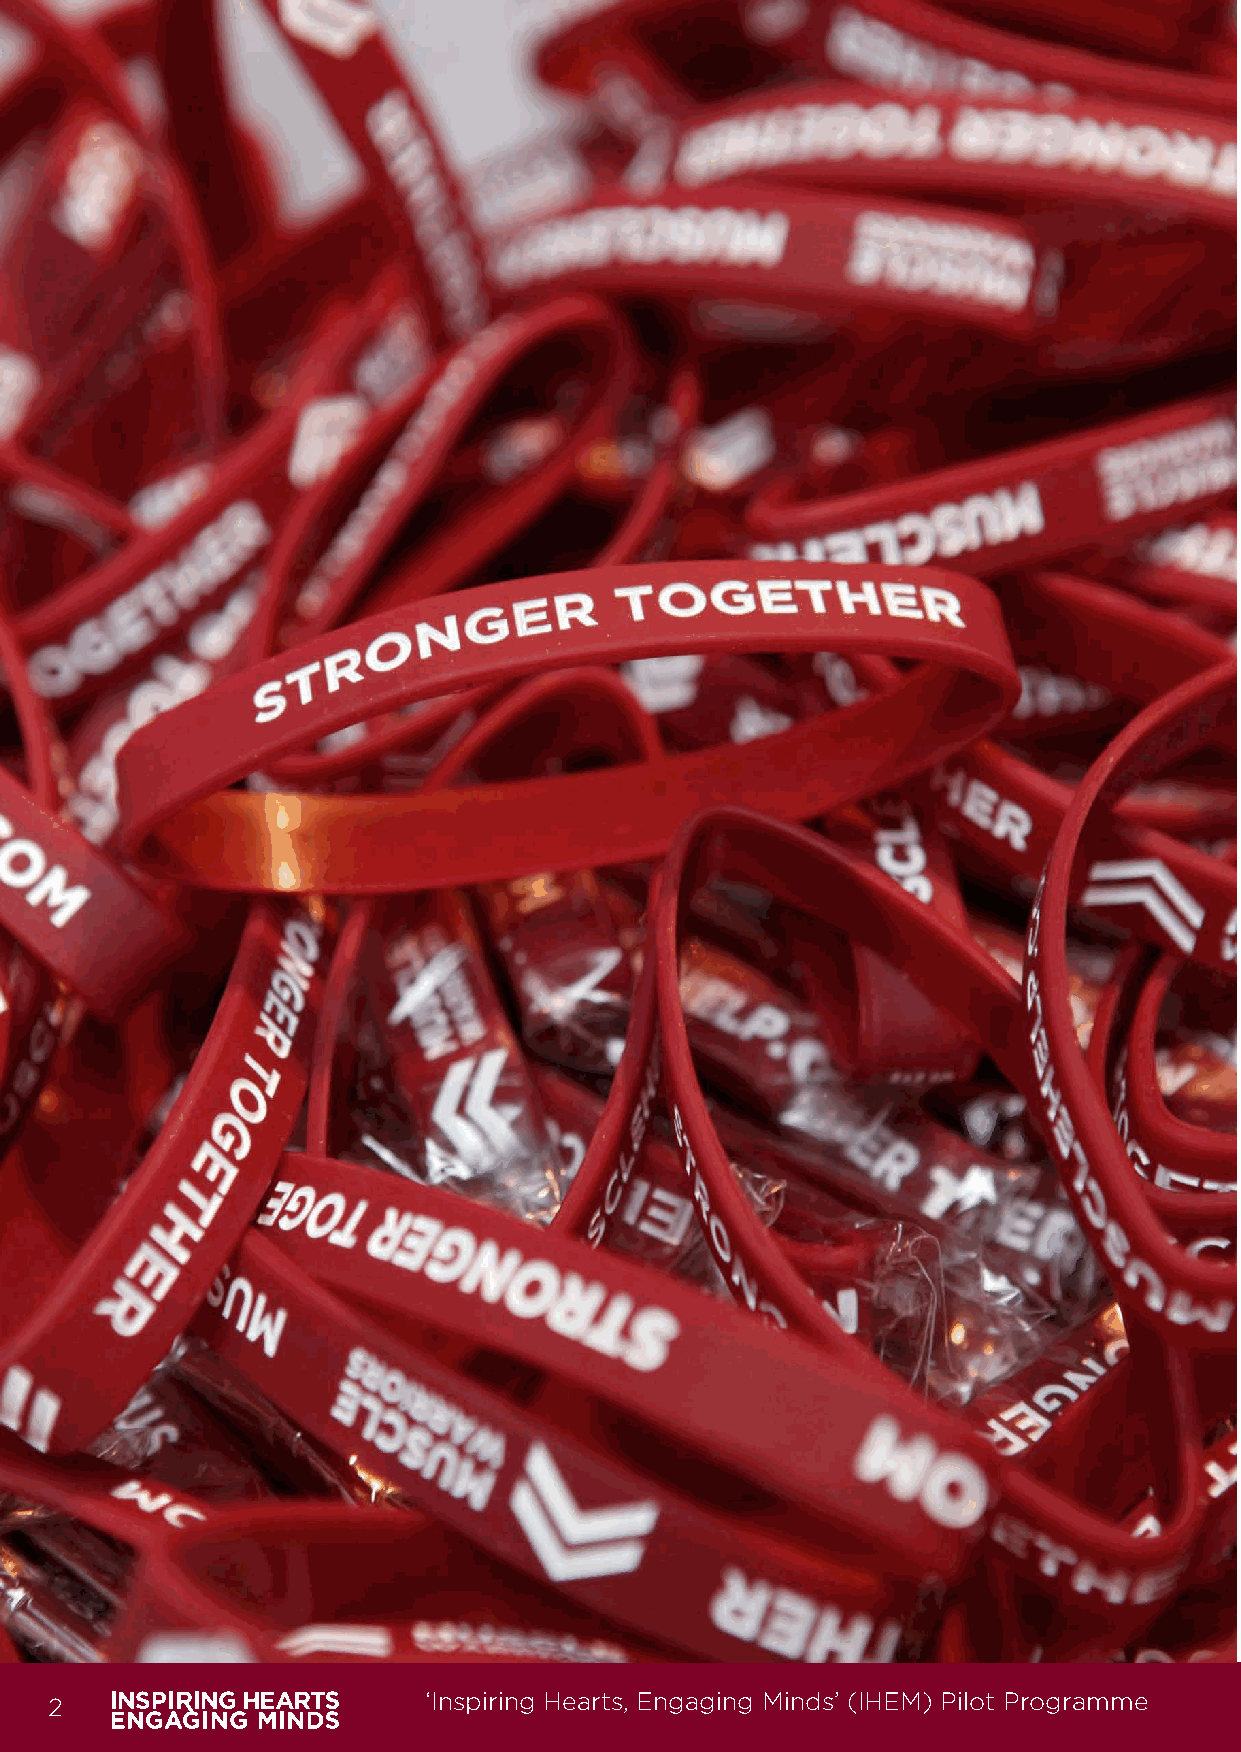
2                        ‘Inspiring Hearts, Engaging Minds’ (IHEM) Pilot Programme
 IHEM-Evaluation-Summary-Report_Brand Compliant.indd 2                   29/09/2020 06:59:09